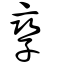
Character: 孿